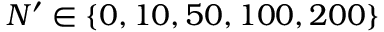
N ^ { \prime } \in \{ 0 , 1 0 , 5 0 , 1 0 0 , 2 0 0 \}